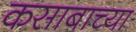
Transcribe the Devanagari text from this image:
कसाबाच्या